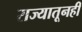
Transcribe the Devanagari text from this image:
राज्यातूनही